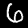
Label: 6